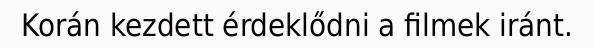
Korán kezdett érdeklődni a filmek iránt.